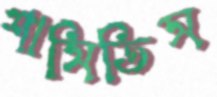
শাসিতিস